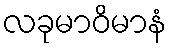
လခုမာဝိမာနံ